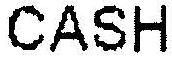
CASH